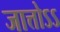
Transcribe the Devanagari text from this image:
जात्तोऽऽ